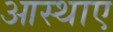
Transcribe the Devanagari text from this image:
आस्थाए